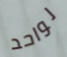
لواحد